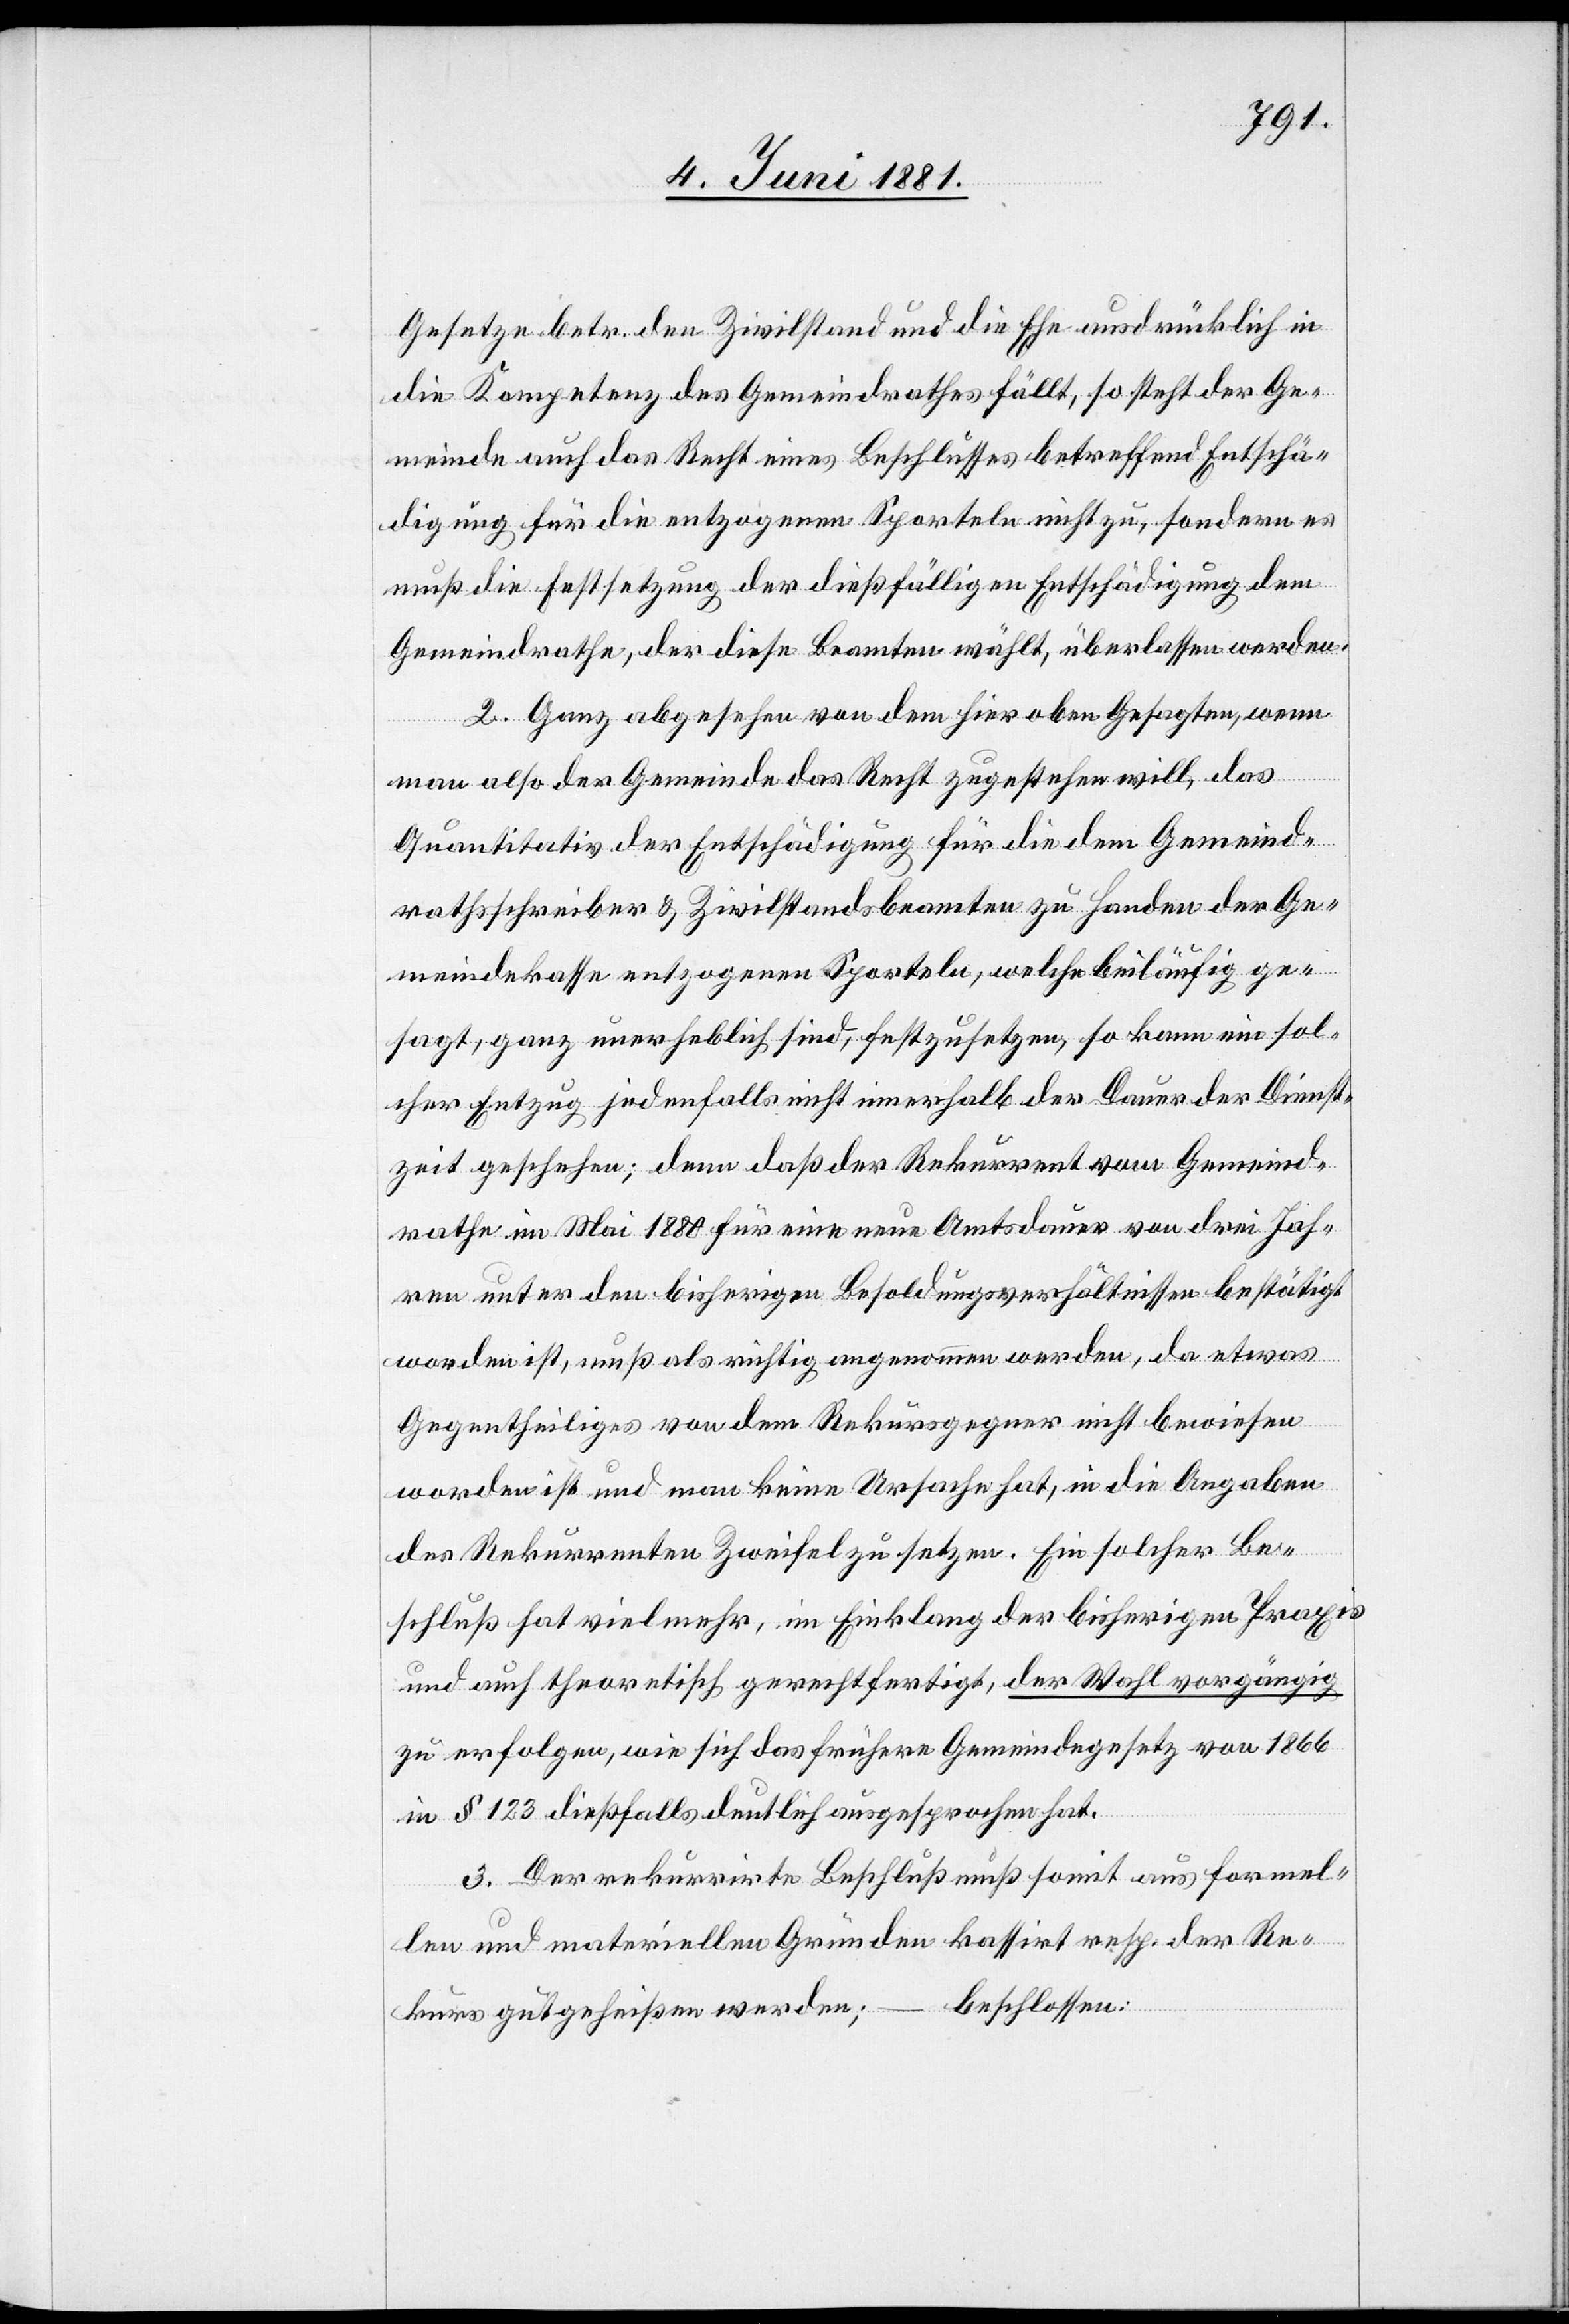
Gesetze betr. den Zivilstand und die Ehe ausdrücklich in
die Kompetenz des Gemeindrathes fällt, so seht der Ge¬
meinde auch das Recht eines Beschlusses betreffend Entschä¬
digung für die entzogenen Sporteln nicht zu, sondern es
muß die Festsetzung der dießfälligen Entschädigungen dem
Gemeindrathe, der diese Beamten wählt, überlassen werden.
2. Ganz abgesehen von dem hier oben Gesagten, wenn
man also der Gemeinde das Recht zugestehen will, das
Quantitativ der Entschädigung für die dem Gemeind¬
rathsschreiber & Zivilstandsbeamten zu Handen der Ge¬
meindekasse entzogenen Sporteln, welche beiläufig ge¬
sagt, ganz unerheblich sind, festzusetzen, so kann ein sol¬
cher Entzug jedenfalls nicht innerhalb der Dauer der Dienst¬
zeit geschehen; denn daß der Rekurrent vom Gemeind¬
rathe im Mai 1880 für eine neue Amtsdauer von drei Jah¬
ren unter den bisherigen Besoldungsverhältnissen bestätigt
worden ist, muß als richtig angenommen werden, da etwas
Gegentheiliges von dem Rekursgegner nicht bewiesen
worden ist und man keine Ursache hat, in die Angaben
des Rekurrenten Zweifel zu setzen. Ein solcher Be¬
schluß hat vielmehr, in Einklang der bisherigen Praxis
und auch theoretisch gerechtfertigt, der Wahl vorgängig
zu erfolgen, wie sich das frühere Gemeindegesetz von 1866
in § 123 dießfalls deutlich ausgesprochen hat.
3. Der rekurrirte Beschluß muß somit aus formal¬
en und materiellen Gründen kassirt resp. der Re¬
beschlossen:
kurs gutgeheißen werden; –